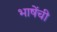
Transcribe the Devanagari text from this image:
भाषेंची